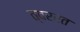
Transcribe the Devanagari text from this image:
त्वररत